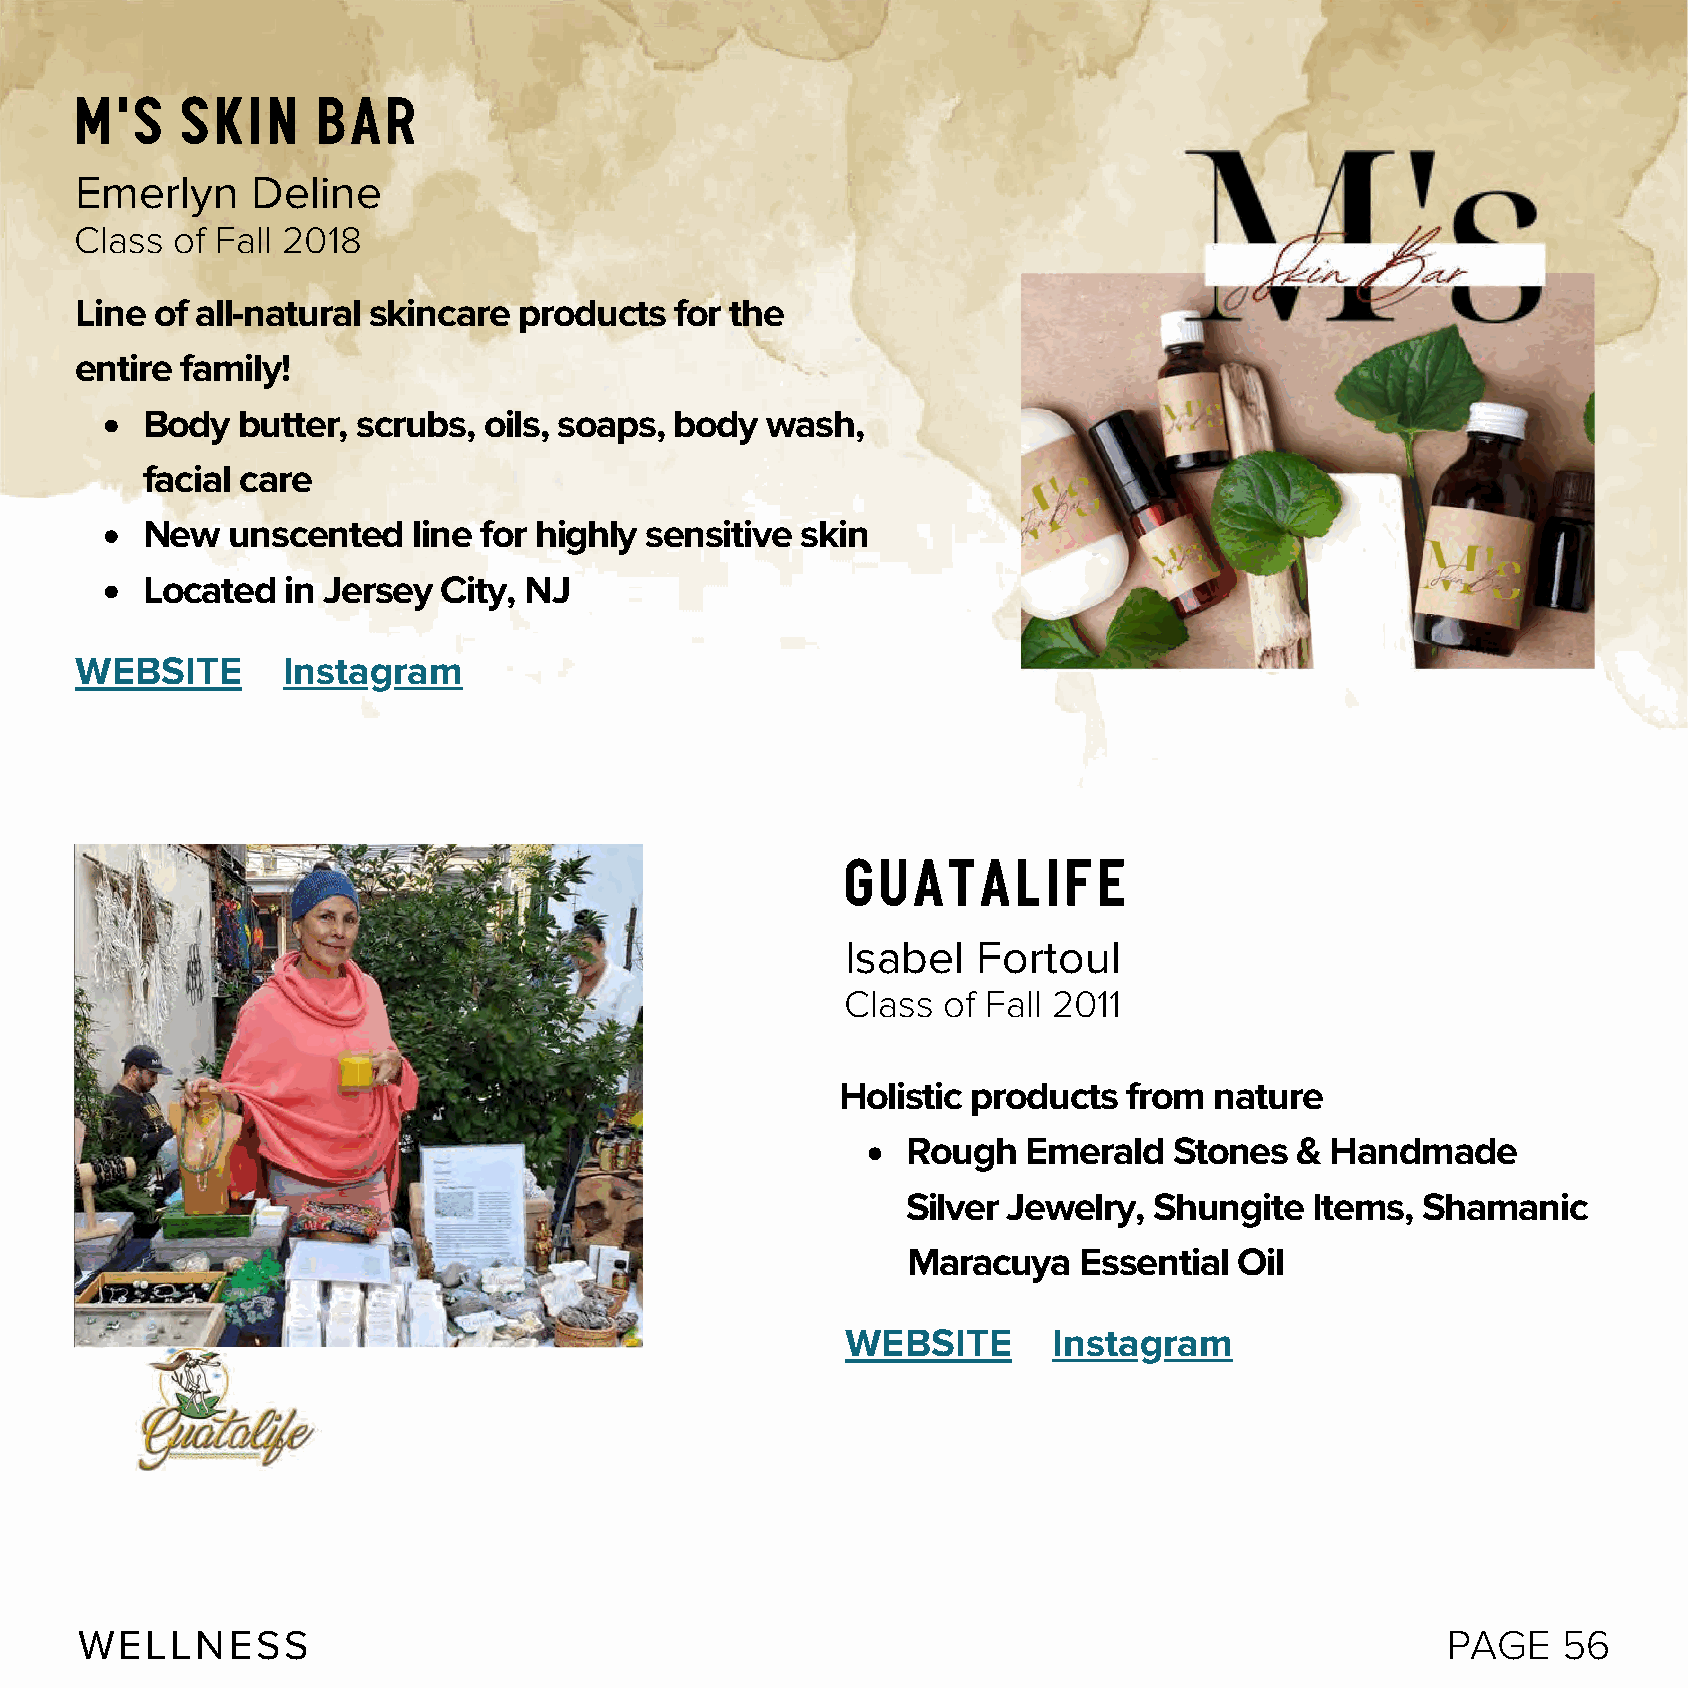
M's    Skin     Bar
 Emerlyn     Deline
 Class of Fall 2018
 Line of all-natural skincare products   for the
 entire family!
 Body   butter, scrubs, oils, soaps, body  wash,
 facial care
 New   unscented   line for highly sensitive skin
 Located   in Jersey City, NJ
 WEBSITE       Instagram
 Guatalife
 Isabel   Fortoul
 Class of Fall 2011
 Holistic products  from nature
 Rough   Emerald   Stones  & Handmade
 Silver Jewelry, Shungite   Items, Shamanic
 Maracuya   Essential  Oil
 WEBSITE       Instagram
 WELLNESS                                                                                   PAGE   56